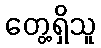
တွေ့ရှိသူ